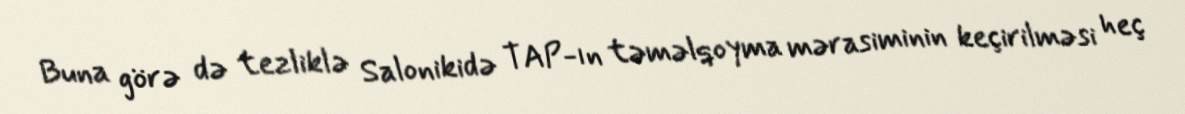
Buna görə də tezliklə Salonikidə TAP-ın təməlqoyma mərasiminin keçirilməsi heç